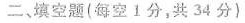
二、填空题(每空1分，共34分）